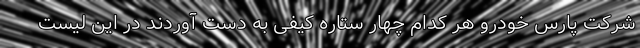
شرکت پارس خودرو هر کدام چهار ستاره کیفی به دست آوردند در این لیست